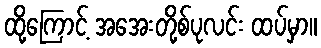
ထို့ကြောင့် အအေးတို့စ်ပုလင်း ထပ်မှာ။